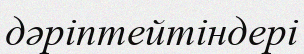
дәріптейтіндері